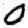
Digit: 0